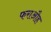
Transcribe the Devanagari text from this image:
फराऔह